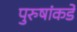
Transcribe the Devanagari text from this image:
पुरुषांकडे